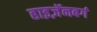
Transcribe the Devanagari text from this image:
हाइज़ॅनबर्ग